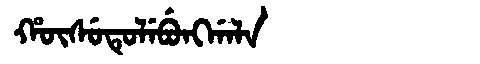
Manchu: ᡥᡡᠰᡠᡨᡠᠯᡝᠪᡠᠩᡤᠠᠯᠠ
Romanization: HŪSUTULEBUNGGALA